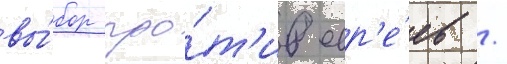
вы́бор про́т'ив евр'е́ев /